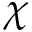
\chi